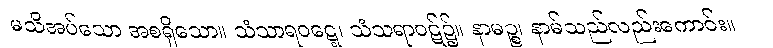
မသိအပ်သော အစရှိသော။ သံသာရဝဋ္ဋေ၊ သံသရာဝဋ်၌။ နာမဉ္စ၊ နာမ်သည်လည်းကောင်း။